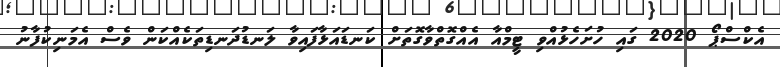
އެކްސްޕޯ 2020 ގައި ހުށަހެޅުއްވި ޓީމްއާ އެއްގޮތްވާގޮތަށް ކަނޑައަޅާފައިވާ ލަނޑުދަނޑިތަކެއްކަން ވެސް އެމަނިކުފާނު